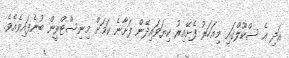
އަދި އެ ސްކޫލްގައި މިއަހަރު ފެށޭއިރު ކިޔަވައިދޭން ފަށާނެ ކަމަށް މިނިސްޓްރީން ބުނެފައިވެއެެވެ.